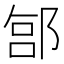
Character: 𬪊